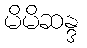
မိမိဆန္ဒ